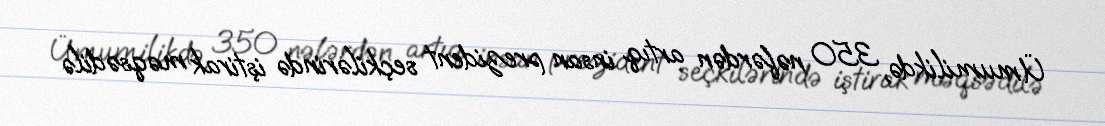
Ümumilikdə, 350 nəfərdən artıq insan prezident seçkilərində iştirak məqsədilə